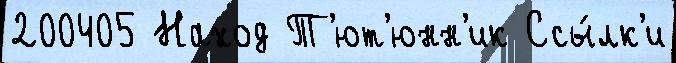
200405 Наход Т'ют'юнн'ик Ссы́лк'и